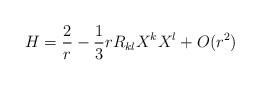
LaTeX: \begin{align*}H = \frac{2}{r} - \frac{1}{3} r R_{kl} X^kX^l + O(r^2)\end{align*}